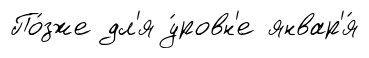
По́зже дл'я у́ровн'е январ'я́